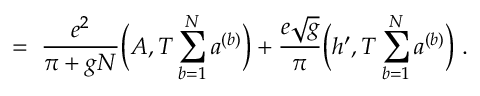
= \; \frac { e ^ { 2 } } { \pi + g N } \Big ( A , T \sum _ { b = 1 } ^ { N } a ^ { ( b ) } \Big ) + \frac { e \sqrt { g } } { \pi } \Big ( h ^ { \prime } , T \sum _ { b = 1 } ^ { N } a ^ { ( b ) } \Big ) \; .